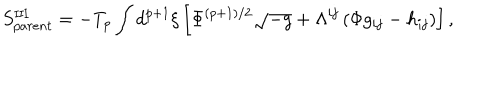
LaTeX: S _ { p a r e n t } ^ { \mathrm { I I I } } = - T _ { p } \int d ^ { p + 1 } { \xi } \left[ { \Phi } ^ { ( p + 1 ) / 2 } \sqrt { - g } + { \Lambda } ^ { i j } \left( { \Phi } g _ { i j } - h _ { i j } \right) \right] ,